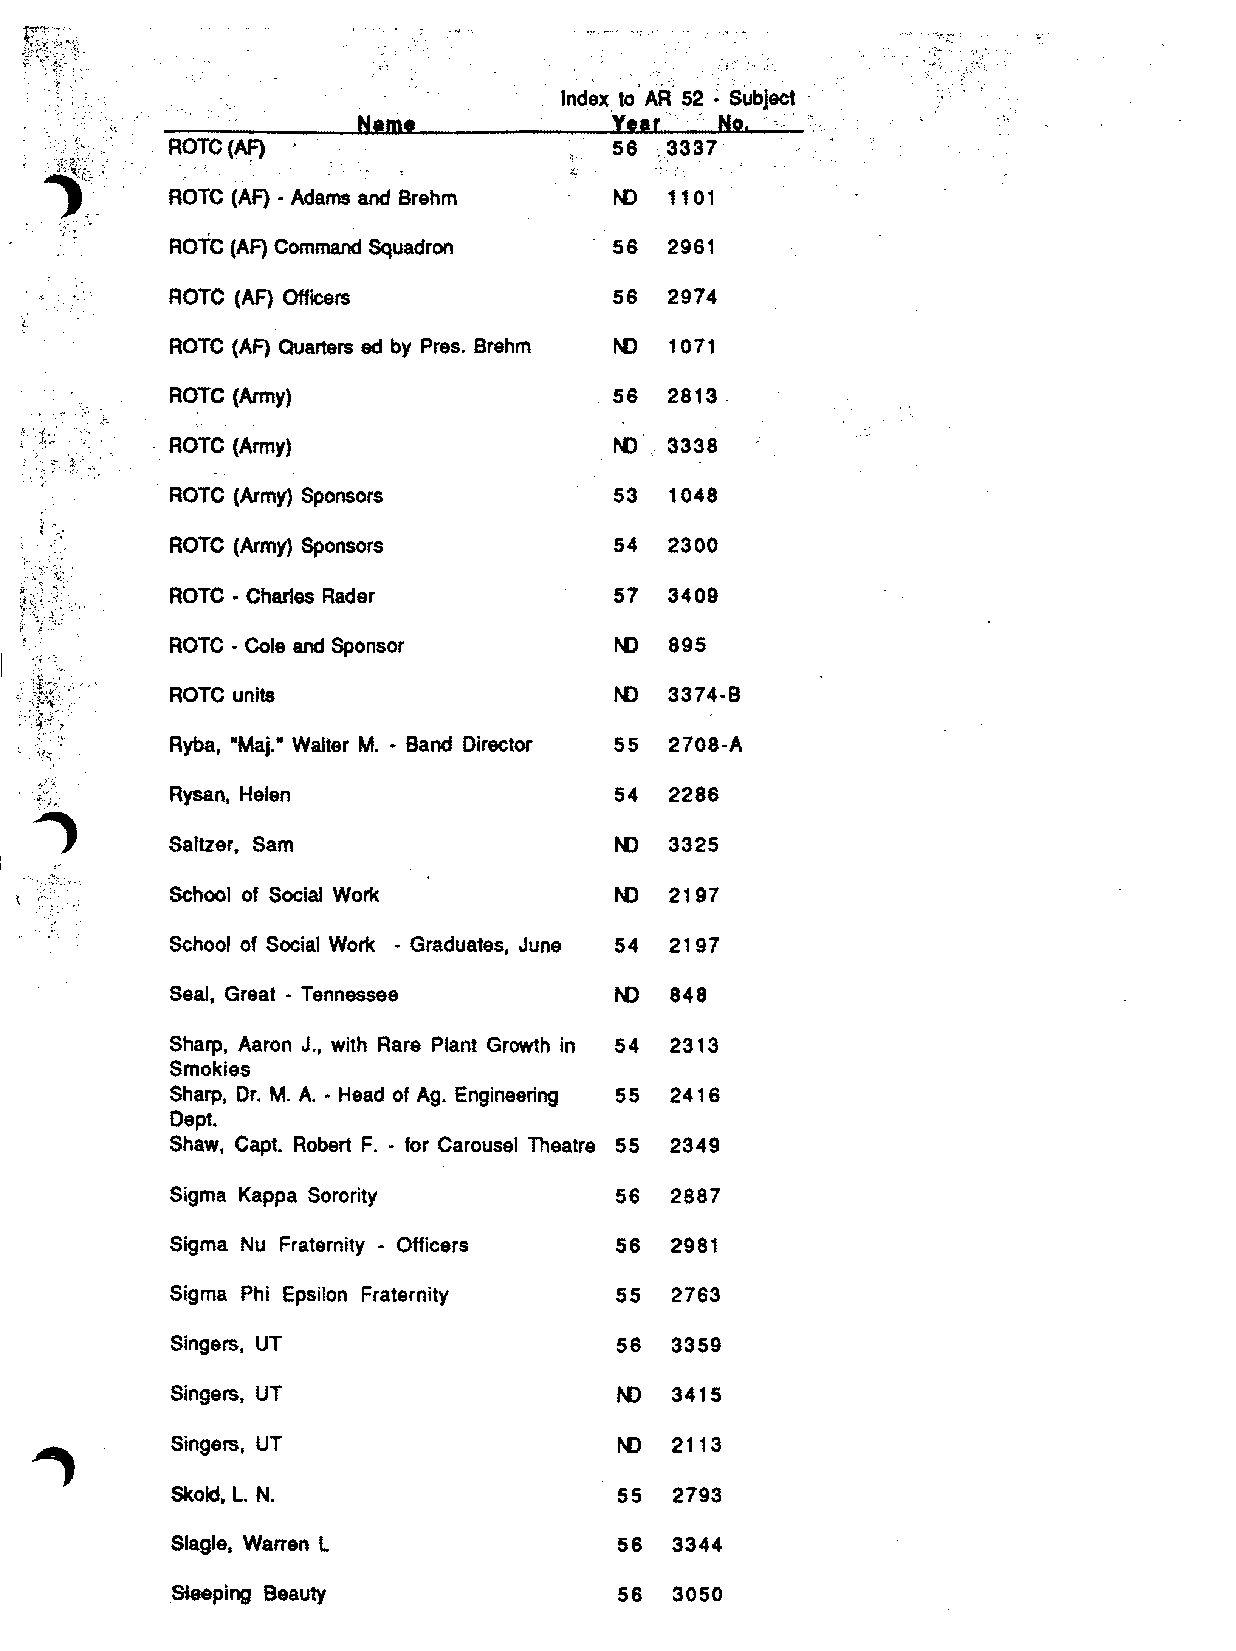
Index to 'AFt' 52 • SubjeCt '
 Ye.,';,·
 Name                   No.  .
 ROTC(~                        58 ',3337
 ROTC (AF) • Adams and Brehm   N) 1101
 ROTC (AF) Command Squadron    58 2961
 ROTC (AF) Officers            56 2974
 ROTC (AF) Quarters ad by Pres. Brehm N) 1071
 ROTC (Army)                   56 2813
 ROTC (Army)                   N) " 3338
 ROTC (Army) Sponsors          53 1048
 ROTC (Army) Sponsors          54 2300
 ROTC • Charles Rader          57 3409
 ROTC - Cole and Sponsor       N) 895
 ROTC units                    N) 3374·B
 Ryba, -Maj.-Walter M. - Band Director 55 2708-A
 Rysan. Helen                  54 2286
 Saltzer, Sam                  N) 3325
 School of Social Work         N) 2197
 Schoof of Social Work - Graduates, June 54 2197
 Seal, Great - Tennessee       N) 848
 Sharp, Aaron J., with Rare Plant Growth in 54 2313
 Smokies
 Sharp. Dr. M. A. - Head of Ag. Engineering 55 241 6
 Dept.
 Shaw, Capt. Robert F. • for Carousel Theatre 55 2349
 Sigma Kappa Sorority          56 2887
 Sigma Nu Fraternity - Officers 56 2981
 Sigma Phi Epsilon Fraternity  55 2763
 Singers, UT                   56 3359
 Singers, UT                   N) 3415
 Singers, UT                   N) 2113
 Skold, L. N.                  55  2793
 Slagle, Warren l              56 3344
 Sieeping Beauty               56 3050